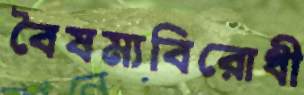
বৈষম্যবিরোধী